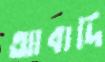
আবাদি